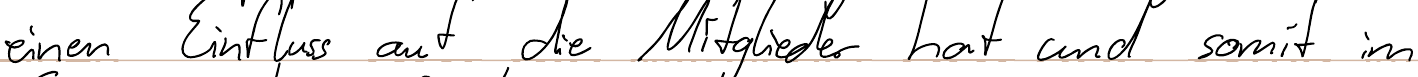
einen Einfluss auf die Mitglieder hat und somit im